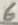
Text: 6